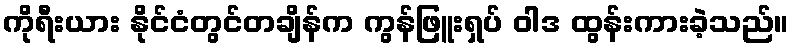
ကိုရီးယား နိုင်ငံတွင်တချိန်က ကွန်ဖြူးရှပ် ဝါဒ ထွန်းကားခဲ့သည်။